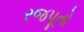
રજપૂતો